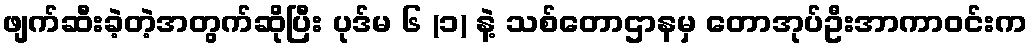
ဖျက်ဆီးခဲ့တဲ့အတွက်ဆိုပြီး ပုဒ်မ ၆ (၁) နဲ့ သစ်တောဌာနမှ တောအုပ်ဦးအာကာဝင်းက